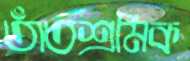
তাঁতশ্রমিক